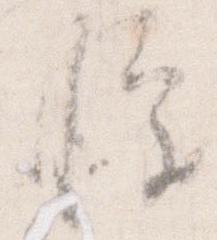
憚